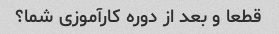
قطعا و بعد از دوره کارآموزی شما؟